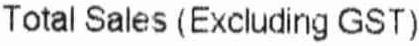
TOTAL SALES (EXCLUDING GST)